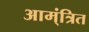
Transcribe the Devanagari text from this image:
आम्ंत्रित